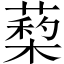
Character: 蔾